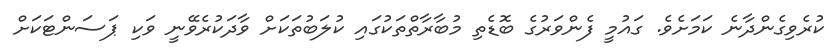
ކުރެވިގެންދާނެ ކަމަށެވެ. ގައުމީ ފެންވަރުގެ ބޮޑެތި މުބާރާތްތަކުގައި ކުލަބުތަކަށް ވާދަކުރެވޭނީ ވަކި ޕަސަންޓަކަށް